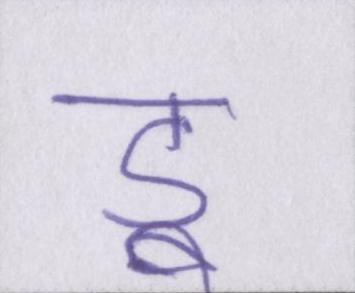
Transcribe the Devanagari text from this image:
डू